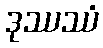
ဒုဿဿံ